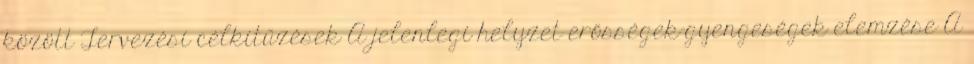
között Tervezési célkitűzések A jelenlegi helyzet erősségek-gyengeségek elemzése A